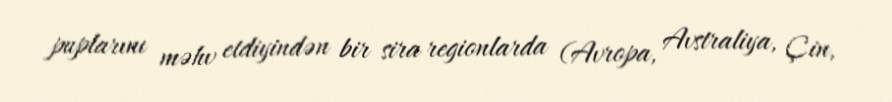
puplarını məhv etdiyindən bir sira regionlarda (Avropa, Avstraliya, Çin,